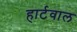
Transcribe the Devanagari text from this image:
हार्टवाल